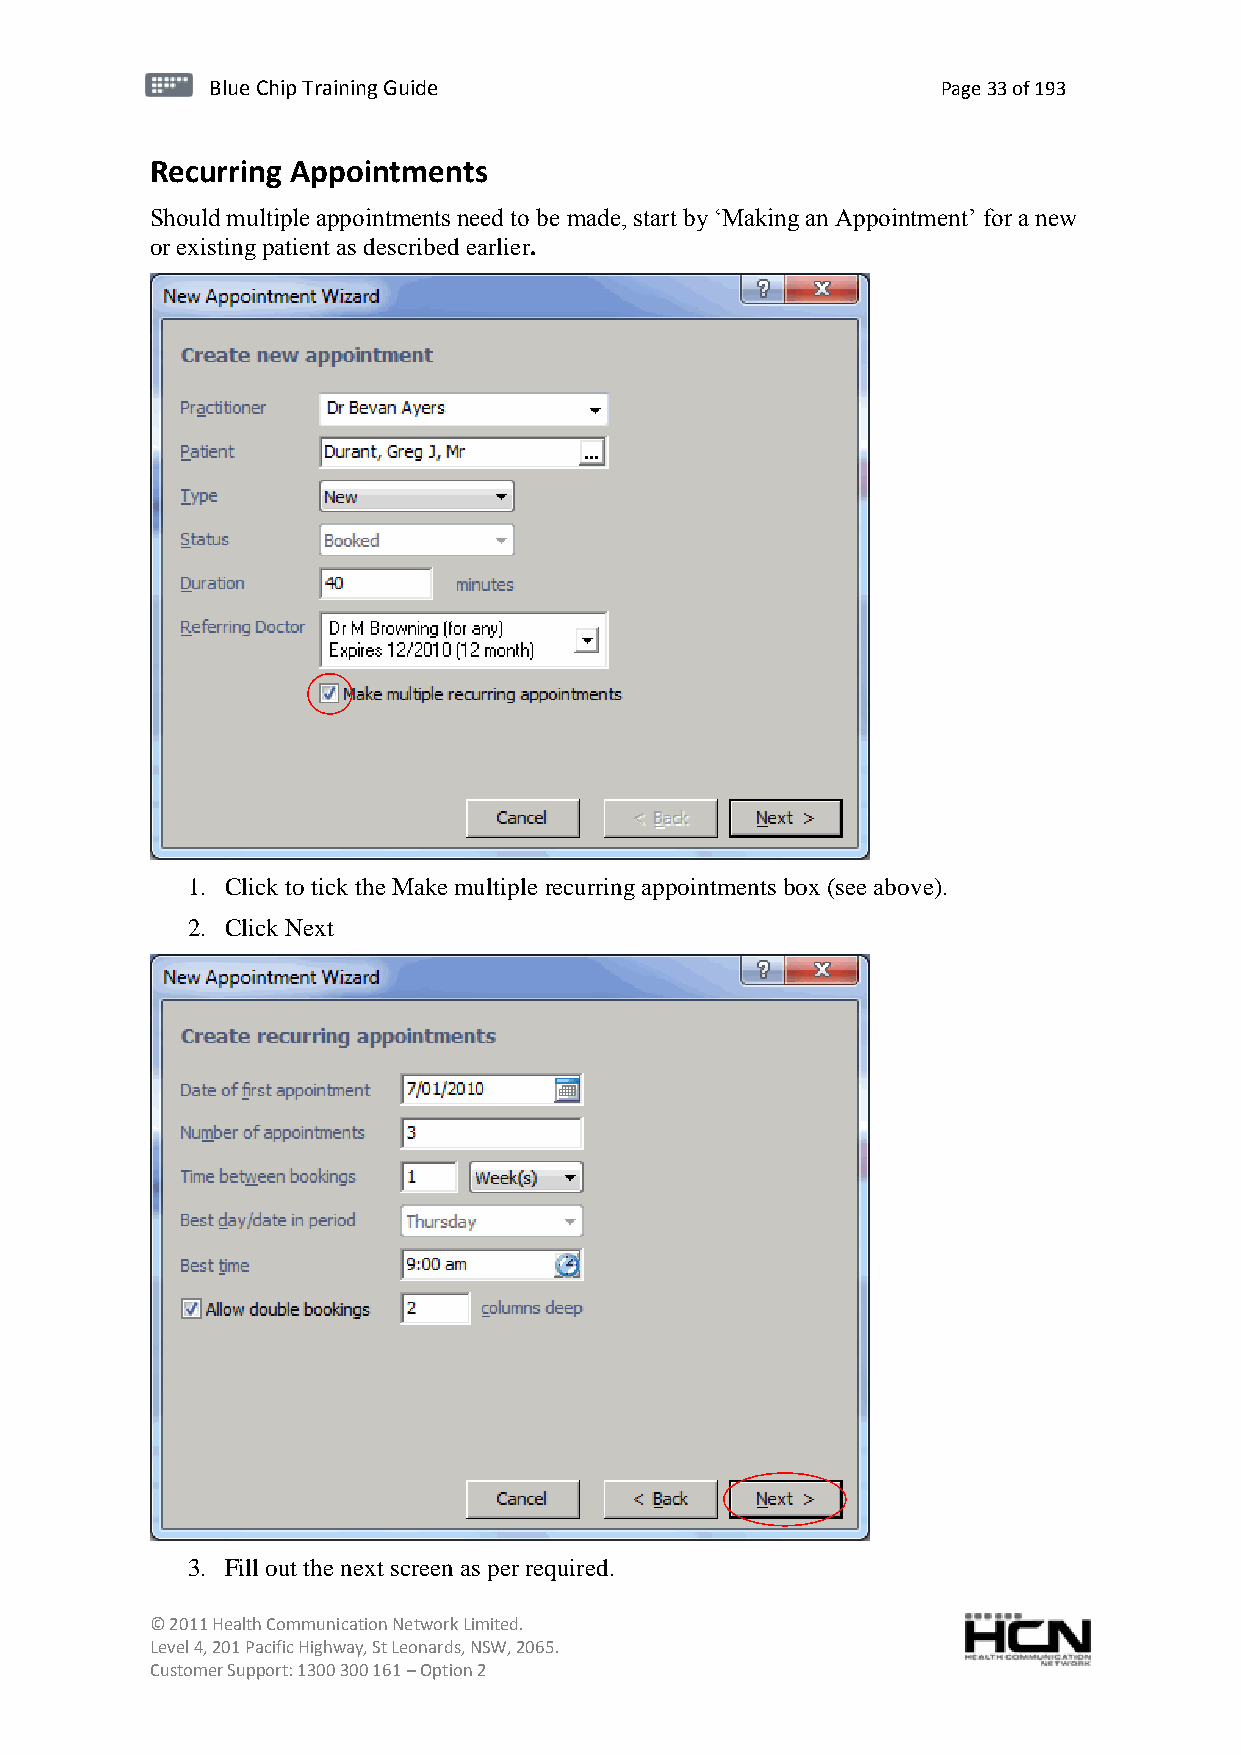
BBlluuee C Chihpi pTr Tairnainingi Gnugi dGeu ide Page 33 of 193
 Recurring Appointments
 Should multiple appointments need to be made, start by ‘Making an Appointment’ for a new
 or existing patient as described earlier.
 1. Click to tick the Make multiple recurring appointments box (see above).
 2. Click Next
 3. Fill out the next screen as per required.
 © 2011 Health Communication Network Limited.
 Level 4, 201 Pacific Highway, St Leonards, NSW, 2065.
 Customer Support: 1300 300 161 – Option 2